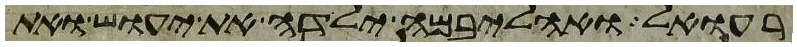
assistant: רעואל ואהליבמה ילדה את יעוש ואת